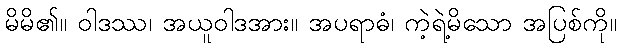
မိမိ၏။ ဝါဒဿ၊ အယူဝါဒအား။ အပရာဓံ၊ ကဲ့ရဲ့မိသော အပြစ်ကို။